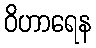
ဝိဟာရေန